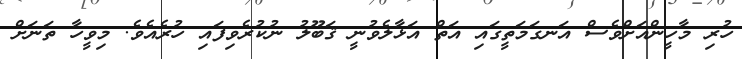
ހުރި މާހީންއަށްވެސް އަނގަމަތީގައި އަތް އަޅާލެވުނީ ޤަބޫލު ނުކުރެވިފައި ހުރެއެވެ. މިވީހާ ތަނަށް